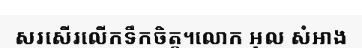
សរសើរលើកទឹកចិត្ត។លោក អុល សំអាង